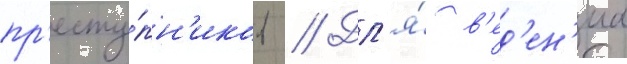
пр'есту́пн'иков // Дл'я́ в'ед'ен'иа